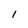
Character: 1